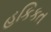
હકિકત